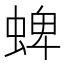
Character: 蜱